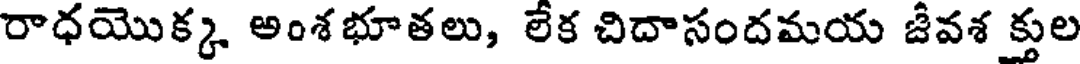
రాధయొక్క అంశభూతలు, లేక చిదాసందమయ జీవశ క్తుల